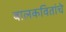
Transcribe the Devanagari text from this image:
बालकवितांचे